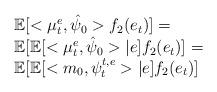
LaTeX: \begin{align*}\begin{array}{l}\mathbb{E}[<\mu_t^e,\hat{\psi}_0> f_2(e_t)]=\\\mathbb{E}[\mathbb{E}[<\mu_t^e,\hat{\psi}_0>|e]f_2(e_t)]=\\\mathbb{E}[\mathbb{E}[<m_0,\psi_t^{t,e}>|e]f_2(e_t)]\end{array}\end{align*}